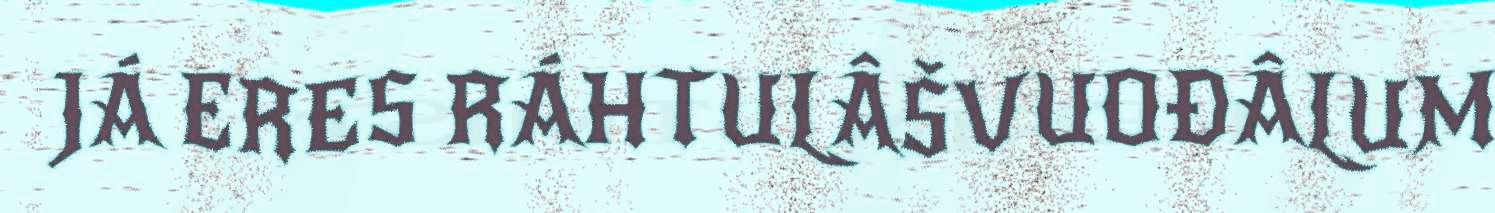
JÁ ERES RÁHTULÂŠVUOĐÂLUM